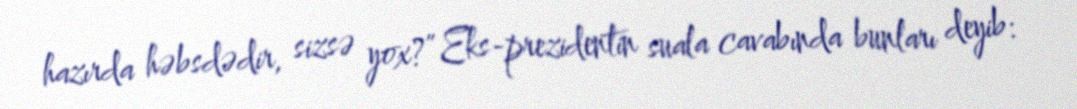
hazırda həbsdədir, sizsə yox?” Eks-prezidentin suala cavabında bunları deyib: